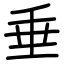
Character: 垂